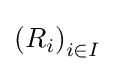
\left(R_{i}\right)_{i\in I}